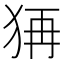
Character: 𤞕